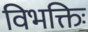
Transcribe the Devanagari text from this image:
विभक्तिः